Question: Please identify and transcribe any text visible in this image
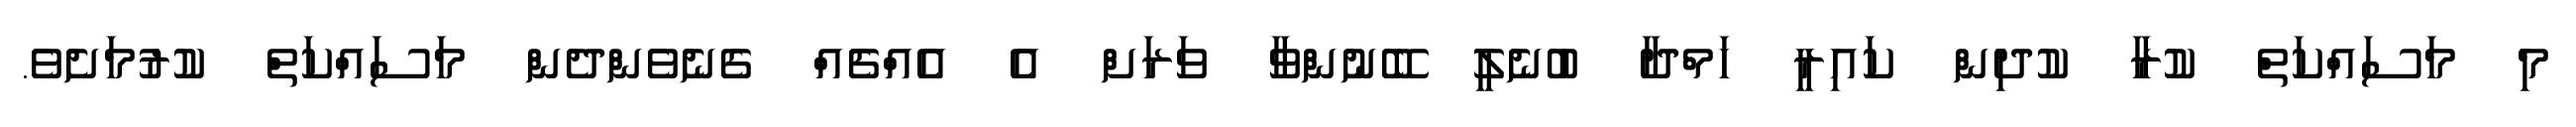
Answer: މި މަސައްކަތް ކުރާ ކުދިން ކައިރީ ހަމްދާ ބުނެލީ ބޭނުންވާ ވަރަށް އެ އެއްޗެއް ގެނެވެންދެން މަސައްކަތް ކުރުމަށެވެ.